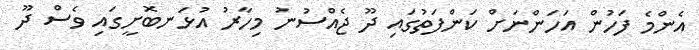
އެންމެ ފަހުން އަހަންނަށް ކަންފަތުގައި ދޫ ޖެއްސުނު މިހާރު އުޅަނބޮށީގައި ވެސް ދޫ